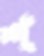
শ